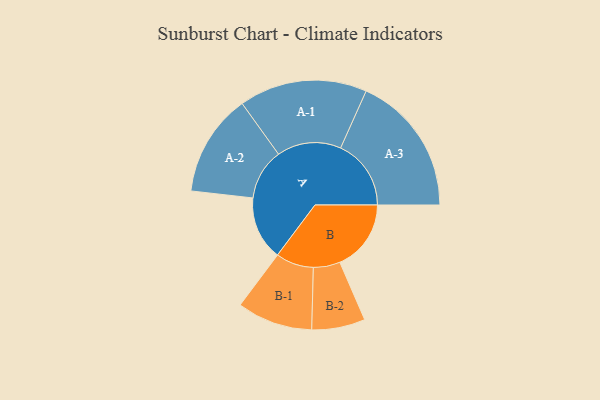
{"axis": {"x": "Segment", "y": "Value"}, "legend": ["", "A", "B"], "data": [{"x": "A", "y": 258, "type": ""}, {"x": "B", "y": 288, "type": ""}, {"x": "A-1", "y": 259, "type": "A"}, {"x": "A-2", "y": 207, "type": "A"}, {"x": "A-3", "y": 285, "type": "A"}, {"x": "B-1", "y": 153, "type": "B"}, {"x": "B-2", "y": 108, "type": "B"}]}